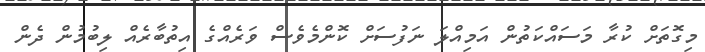
މިގޮތަށް ކުރާ މަސައްކަތުން އަމިއްލަ ނަފުސަށް ކޮންމެވެސް ވަރެއްގެ އިތުބާރެއް ލިބުމުން ދެން